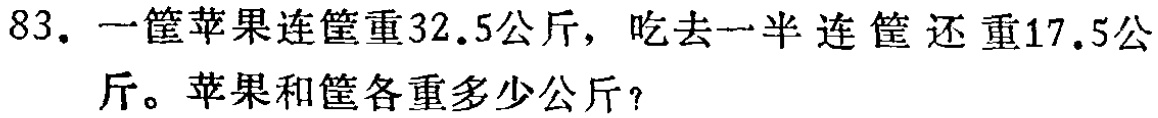
83. 一筐苹果连筐重$32.5$公斤，吃去一半连筐还重$17.5$公斤。苹果和筐各重多少公斤？